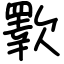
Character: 歝